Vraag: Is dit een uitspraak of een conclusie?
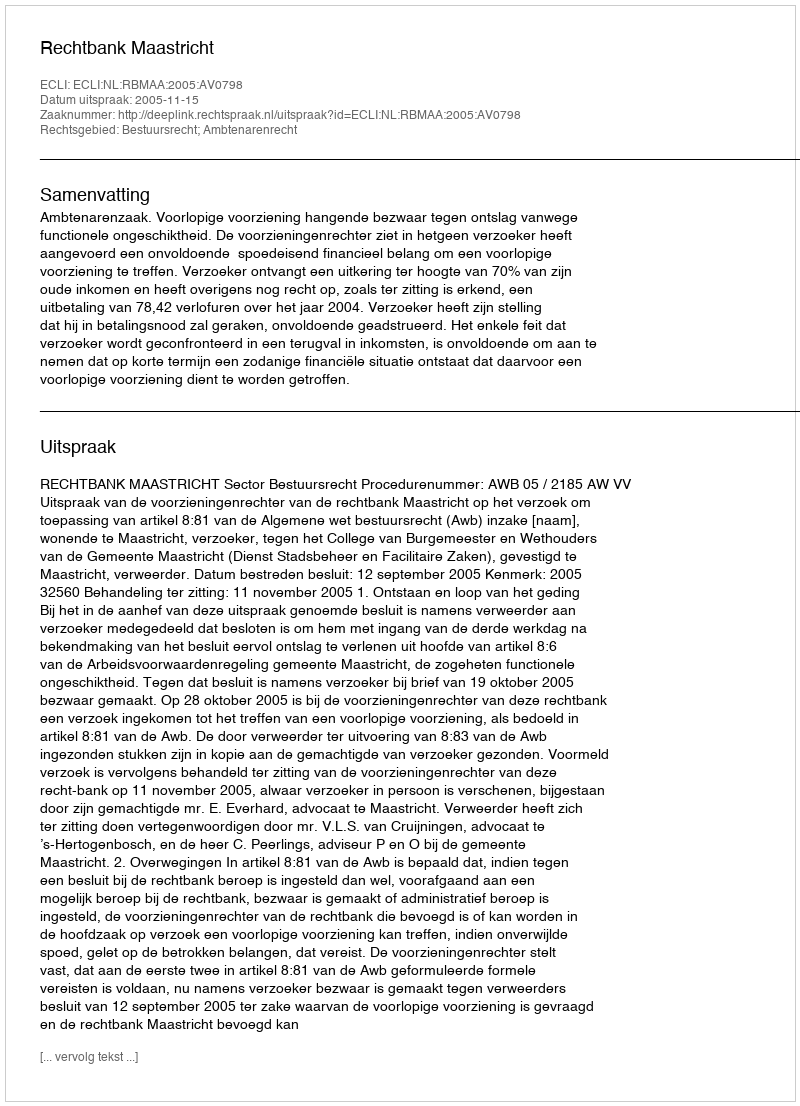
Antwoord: Uitspraak